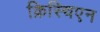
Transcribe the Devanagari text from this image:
क्रिस्चिएन